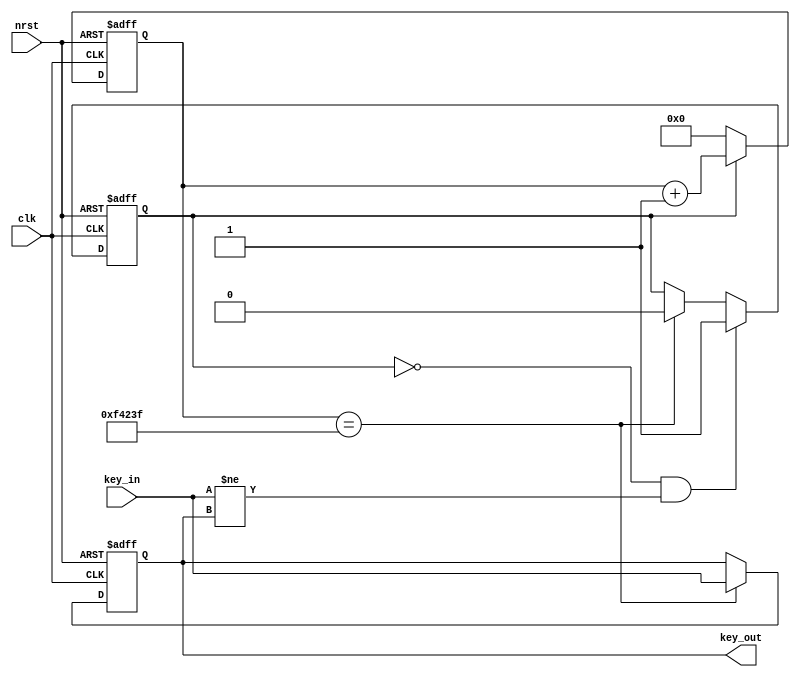
`timescale 1ns / 1ps
//////////////////////////////////////////////////////////////////////////////////
// Company: 
// Engineer: 
// 
// Design Name: 
// Module Name: debounce
// Project Name: 
// Target Devices: 
// Tool Versions: 
// Description: 
// 
// Dependencies: 
// 
// Revision:
// Revision 0.01 - File Created
// Additional Comments:
// 
//////////////////////////////////////////////////////////////////////////////////


module debounce(
    input wire clk, nrst,
    input wire key_in,
    output reg key_out
    );

    localparam TIME_20MS = 1_000_000;

    reg [20:0] cnt;
    reg key_cnt;
    
    // debounce time passed, refresh key state
    always @(posedge clk or negedge nrst) begin
        if(nrst == 0)
            key_out <= 0;
        else if(cnt == TIME_20MS - 1)
            key_out <= key_in;
    end

    // while in debounce state, count, otherwise 0
    always @(posedge clk or negedge nrst) begin
        if(nrst == 0)
            cnt <= 0;
        else if(key_cnt)
            cnt <= cnt + 1'b1;
        else
            cnt <= 0; 
    end
     
     //delay 20ms 
     always @(posedge clk or negedge nrst) begin
            if(nrst == 0)
                key_cnt <= 0;
            else if(key_cnt == 0 && key_in != key_out)
                key_cnt <= 1;
            else if(cnt == TIME_20MS - 1)
                key_cnt <= 0;
     end
endmodule